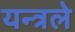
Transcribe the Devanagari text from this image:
यन्त्रले